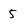
Character: 5